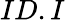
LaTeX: ID.I